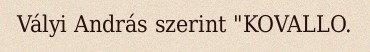
Vályi András szerint "KOVALLO.